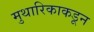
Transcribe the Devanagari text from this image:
मुथारिकाकडून